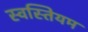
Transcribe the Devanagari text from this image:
स्वस्तियम